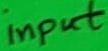
Text: input